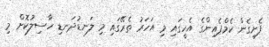
ފެށިގެން ކެމްޕެއިންގެ އެހީގައި މި އަހަރު ތެރޭގައި މި ލަނޑުދަނޑި ހާސިލުކޮށް މި